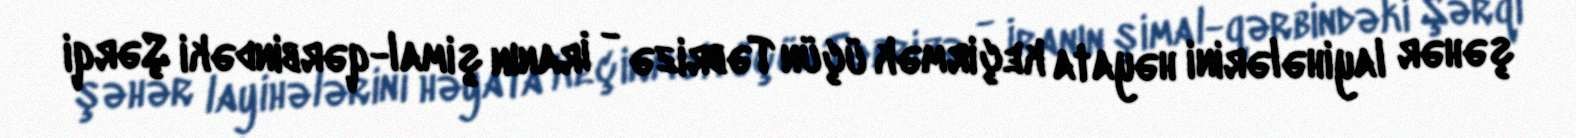
şəhər layihələrini həyata keçirmək üçün Təbrizə - İranın şimal-qərbindəki Şərqi